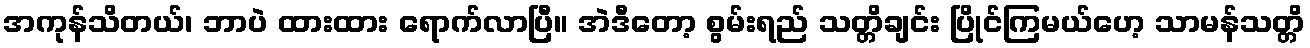
အကုန်သိတယ်၊ ဘာပဲ ထားထား ရောက်လာပြီ။ အဲဒီတော့ စွမ်းရည် သတ္တိချင်း ပြိုင်ကြမယ်ဟေ့ သာမန်သတ္တိ